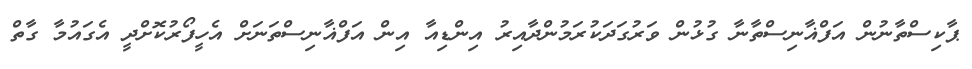
ޕާކިސްތާނުން އަފްޣާނިސްތާނާ ގުޅުން ވަރުގަދަކުރަމުންދާއިރު އިންޑިއާ އިން އަފްޣާނިސްތަނަށް އެހީފޯރުކޮށްދީ އެގައުމާ ގާތް